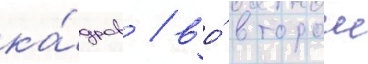
ка́дров / во́ второи